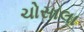
ચોસાલા